Civil Veterinary Department Bihar & Orissa reports 1929-36 - 1929-1936
Year: 1929
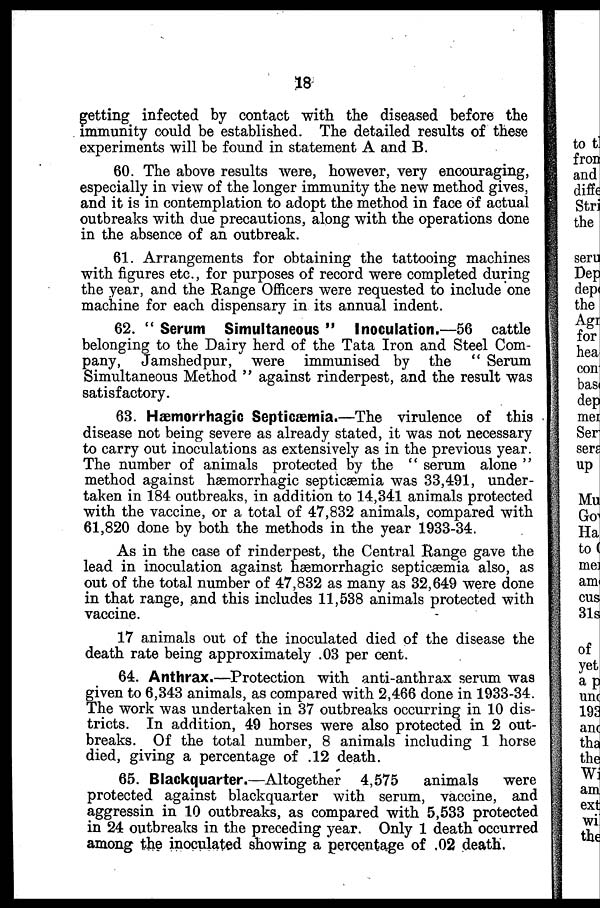
18
getting infected by contact with the diseased before the
immunity could be established. The detailed results of these
experiments will be found in statement A and B.
60. The above results were, however, very encouraging,
especially in view of the longer immunity the new method gives,
and it is in contemplation to adopt the method in face of actual
outbreaks with due precautions, along with the operations done
in the absence of an outbreak.
61. Arrangements for obtaining the tattooing machines
with figures etc., for purposes of record were completed during
the year, and the Range Officers were requested to include one
machine for each dispensary in its annual indent.
62. " Serum Simultaneous " Inoculation.—56 cattle
belonging to the Dairy herd of the Tata Iron and Steel Com-
pany, Jamshedpur, were immunised by the " Serum
Simultaneous Method " against rinderpest, and the result was
satisfactory.
63. Hæmorrhagic Septicæmia.—The virulence of this
disease not being severe as already stated, it was not necessary
to carry out inoculations as extensively as in the previous year.
The number of animals protected by the " serum alone "
method against hæmorrhagic septicæmia was 33,491, under-
taken in 184 outbreaks, in addition to 14,341 animals protected
with the vaccine, or a total of 47,832 animals, compared with
61,820 done by both the methods in the year 1933-34.
As in the case of rinderpest, the Central Range gave the
lead in inoculation against hæmorrhagic septicæmia also, as
out of the total number of 47,832 as many as 32,649 were done
in that range, and this includes 11,538 animals protected with
vaccine.
17 animals out of the inoculated died of the disease the
death rate being approximately 03 per cent.
64. Anthrax.—Protection with anti-anthrax serum was
given to 6,343 animals, as compared with 2,466 done in 1933-34.
The work was undertaken in 37 outbreaks occurring in 10 dis-
tricts. In addition, 49 horses were also protected in 2 out-
breaks. Of the total number, 8 animals including 1 horse
died, giving a percentage of 12 death.
65. Blackquarter.—Altogether 4,575
animals
were
protected against blackquarter with serum, vaccine, and
aggressin in 10 outbreaks, as compared with 5,533 protected
in 24 outbreaks in the preceding year. Only 1 death occurred
among the inoculated showing a percentage of 02 death.